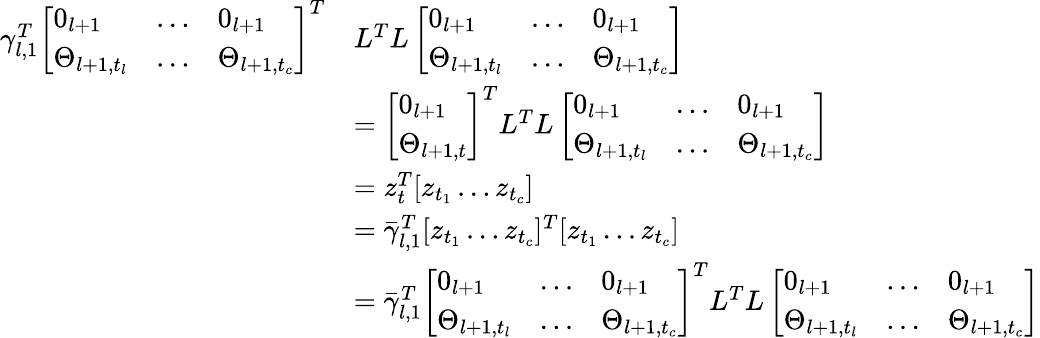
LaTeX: \begin{array}{rl}{\gamma_{l,1}^{T}\left[\begin{array}{lll}{0_{l+1}}&{\dots}&{0_{l+1}}\\ {\Theta_{l+1,t_{l}}}&{\dots}&{\Theta_{l+1,t_{c}}}\end{array}\right]^{T}}&{L^{T}L\left[\begin{array}{lll}{0_{l+1}}&{\dots}&{0_{l+1}}\\ {\Theta_{l+1,t_{l}}}&{\dots}&{\Theta_{l+1,t_{c}}}\end{array}\right]}\\ &{=\left[\begin{array}{l}{0_{l+1}}\\ {\Theta_{l+1,t}}\end{array}\right]^{T}L^{T}L\left[\begin{array}{lll}{0_{l+1}}&{\dots}&{0_{l+1}}\\ {\Theta_{l+1,t_{l}}}&{\dots}&{\Theta_{l+1,t_{c}}}\end{array}\right]}\\ &{=z_{t}^{T}[z_{t_{1}}\dots z_{t_{c}}]}\\ &{=\bar{\gamma}_{l,1}^{T}[z_{t_{1}}\dots z_{t_{c}}]^{T}[z_{t_{1}}\dots z_{t_{c}}]}\\ &{=\bar{\gamma}_{l,1}^{T}\left[\begin{array}{lll}{0_{l+1}}&{\dots}&{0_{l+1}}\\ {\Theta_{l+1,t_{l}}}&{\dots}&{\Theta_{l+1,t_{c}}}\end{array}\right]^{T}L^{T}L\left[\begin{array}{lll}{0_{l+1}}&{\dots}&{0_{l+1}}\\ {\Theta_{l+1,t_{l}}}&{\dots}&{\Theta_{l+1,t_{c}}}\end{array}\right]}\end{array}